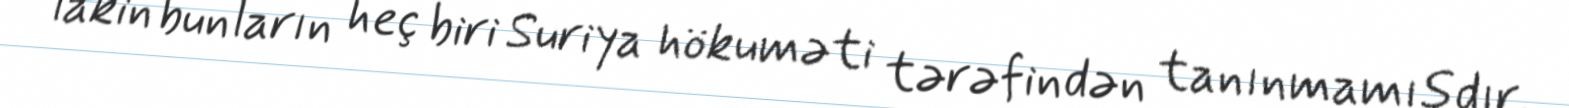
lakin bunların heç biri Suriya hökuməti tərəfindən tanınmamışdır.